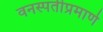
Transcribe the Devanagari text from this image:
वनस्पतीप्रमाणे